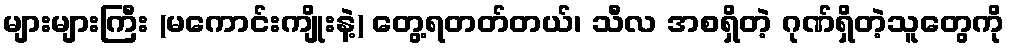
များများကြီး (မကောင်းကျိုးနဲ့) တွေ့ရတတ်တယ်၊ သီလ အစရှိတဲ့ ဂုဏ်ရှိတဲ့သူတွေကို